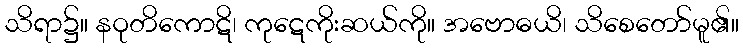
သိရာ၌။ နဝုတိကောဋိ၊ ကုဋေကိုးဆယ်ကို။ အဗောဓယိ၊ သိစေတော်မူ၏။